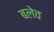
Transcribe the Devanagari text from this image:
बलेव